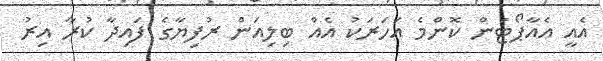
އެއީ އެއާޕޯޓުން ކޮންމެ އަހަރަކު އެއް ބިލިއަން ރުފިޔާގެ ފައިދާ ކުރާ އިރު